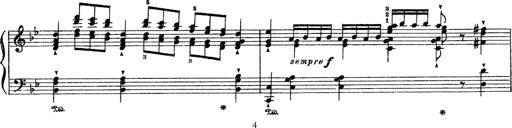
Title: Sarabande und Chaconne aus dem Singspiel
Composer: Franz Liszt